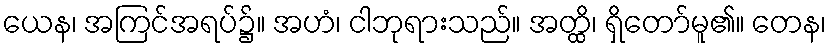
ယေန၊ အကြင်အရပ်၌။ အဟံ၊ ငါဘုရားသည်။ အတ္ထိ၊ ရှိတော်မူ၏။ တေန၊